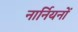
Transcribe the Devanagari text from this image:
नार्नियनों